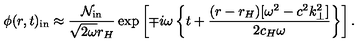
\phi ( r , t ) _ { \mathrm { i n } } \approx { \frac { { \cal N } _ { \mathrm { i n } } } { \sqrt { 2 \omega } r _ { H } } } \exp \left[ \mp i \omega \left\{ t + { \frac { ( r - r _ { H } ) [ \omega ^ { 2 } - c ^ { 2 } k _ { \perp } ^ { 2 } ] } { 2 c _ { H } \omega } } \right\} \right] .